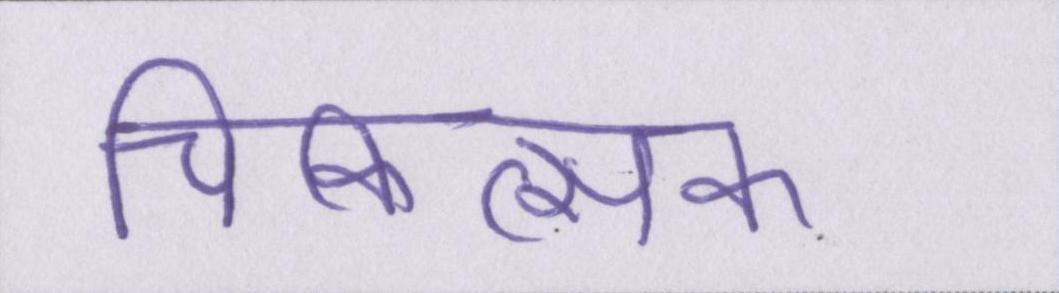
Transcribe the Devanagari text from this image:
चिकित्सक